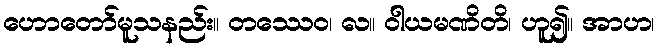
ဟောတော်မူသနည်း။ တဿေဝ၊ လ။ ဝါယမဏိတိ၊ ဟူ၍။ အာဟ၊